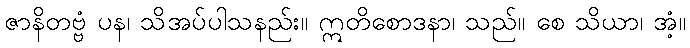
ဇာနိတဗ္ဗံ ပန၊ သိအပ်ပါသနည်း။ ဣတိစောဒနာ၊ သည်။ စေ သိယာ၊ အံ့။